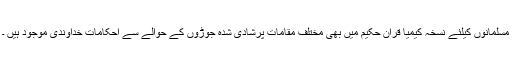
مسلمانوں کیلئے نسخہ کیمیا قرآن حکیم میں بھی مختلف مقامات پرشادی شدہ جوڑوں کے حوالے سے احکامات خداوندی موجود ہیں ۔